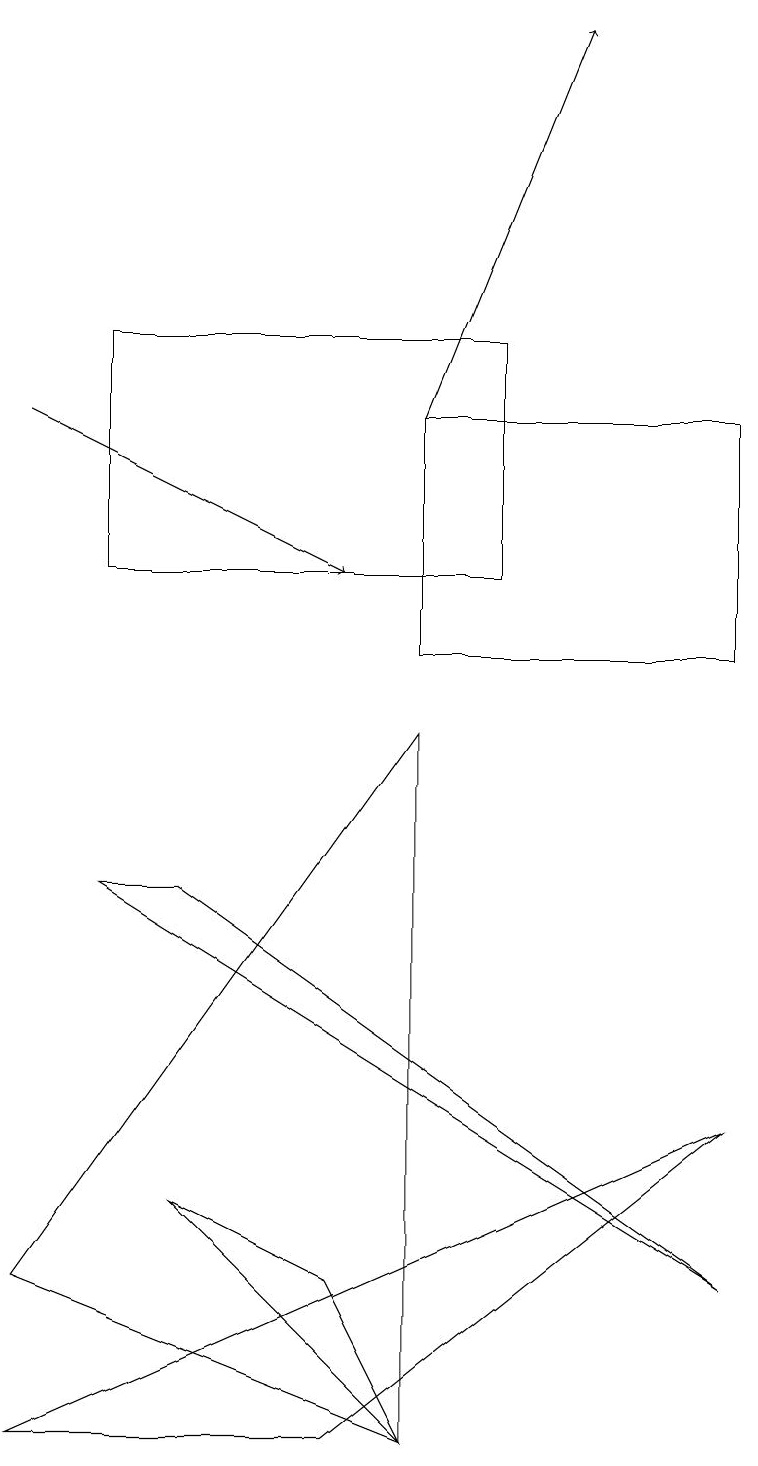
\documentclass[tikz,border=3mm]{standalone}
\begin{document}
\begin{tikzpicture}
\draw (9,10) rectangle (5,13);
\draw[->] (0,13) -- (4,11);
\draw (9,2) -- (2,7) -- (1,7) -- cycle;
\draw (5,0) -- (0,2) -- (5,9) -- cycle;
\draw (6,11) rectangle (1,14);
\draw (4,0) -- (9,4) -- (0,0) -- cycle;
\draw (2,3) -- (4,2) -- (5,0) -- cycle;
\draw[->] (5,13) -- (7,18);
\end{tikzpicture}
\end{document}